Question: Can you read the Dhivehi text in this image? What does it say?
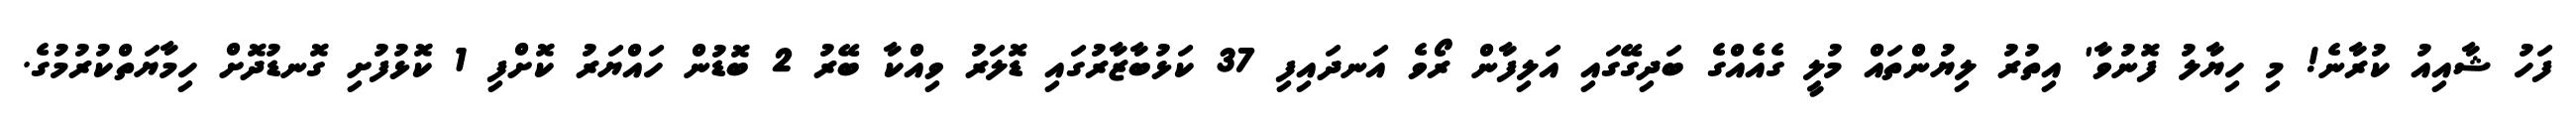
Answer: ފަހު ޝާއިއު ކުރާނެ! މި ހިޔާލު ފޮނުވާ' އިތުރު ލިޔުންތައް މުލީ ގެއެއްގެ ބަދިގޭގައި އަލިފާން ރޯވެ އަނދައިފި 37 ކަޅުބާޒާރުގައި ޑޮލަރު ވިއްކާ ބޭރު 2 ބޮޑުން ހައްޔަރު ކޮށްފި 1 ކޮޅުފުށި ގޮނޑުދޮށް ހިމާޔަތްކުރުމުގެ.